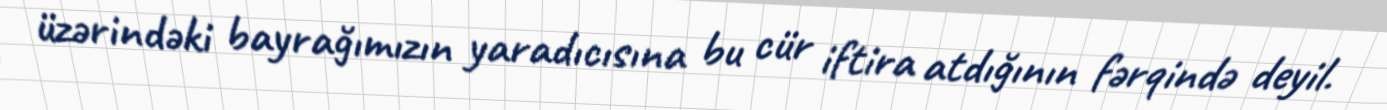
üzərindəki bayrağımızın yaradıcısına bu cür iftira atdığının fərqində deyil.